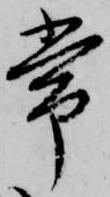
常